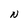
Character: N